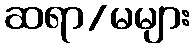
ဆရာ/မများ